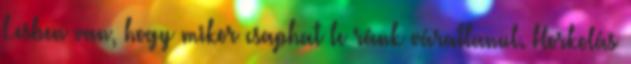
Lesben van, hogy mikor csaphat le ránk váratlanul. Horkolás